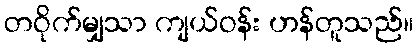
တဝိုက်မျှသာ ကျယ်ဝန်း ဟန်တူသည်။